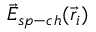
\vec { E } _ { s p - c h } ( \vec { r } _ { i } )